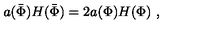
a ( \bar { \Phi } ) H ( \bar { \Phi } ) = 2 a ( \Phi ) H ( \Phi ) \ ,